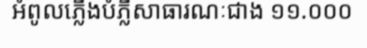
អំពូលភ្លើងបំភ្លឺសាធារណៈជាង ១១.០០០